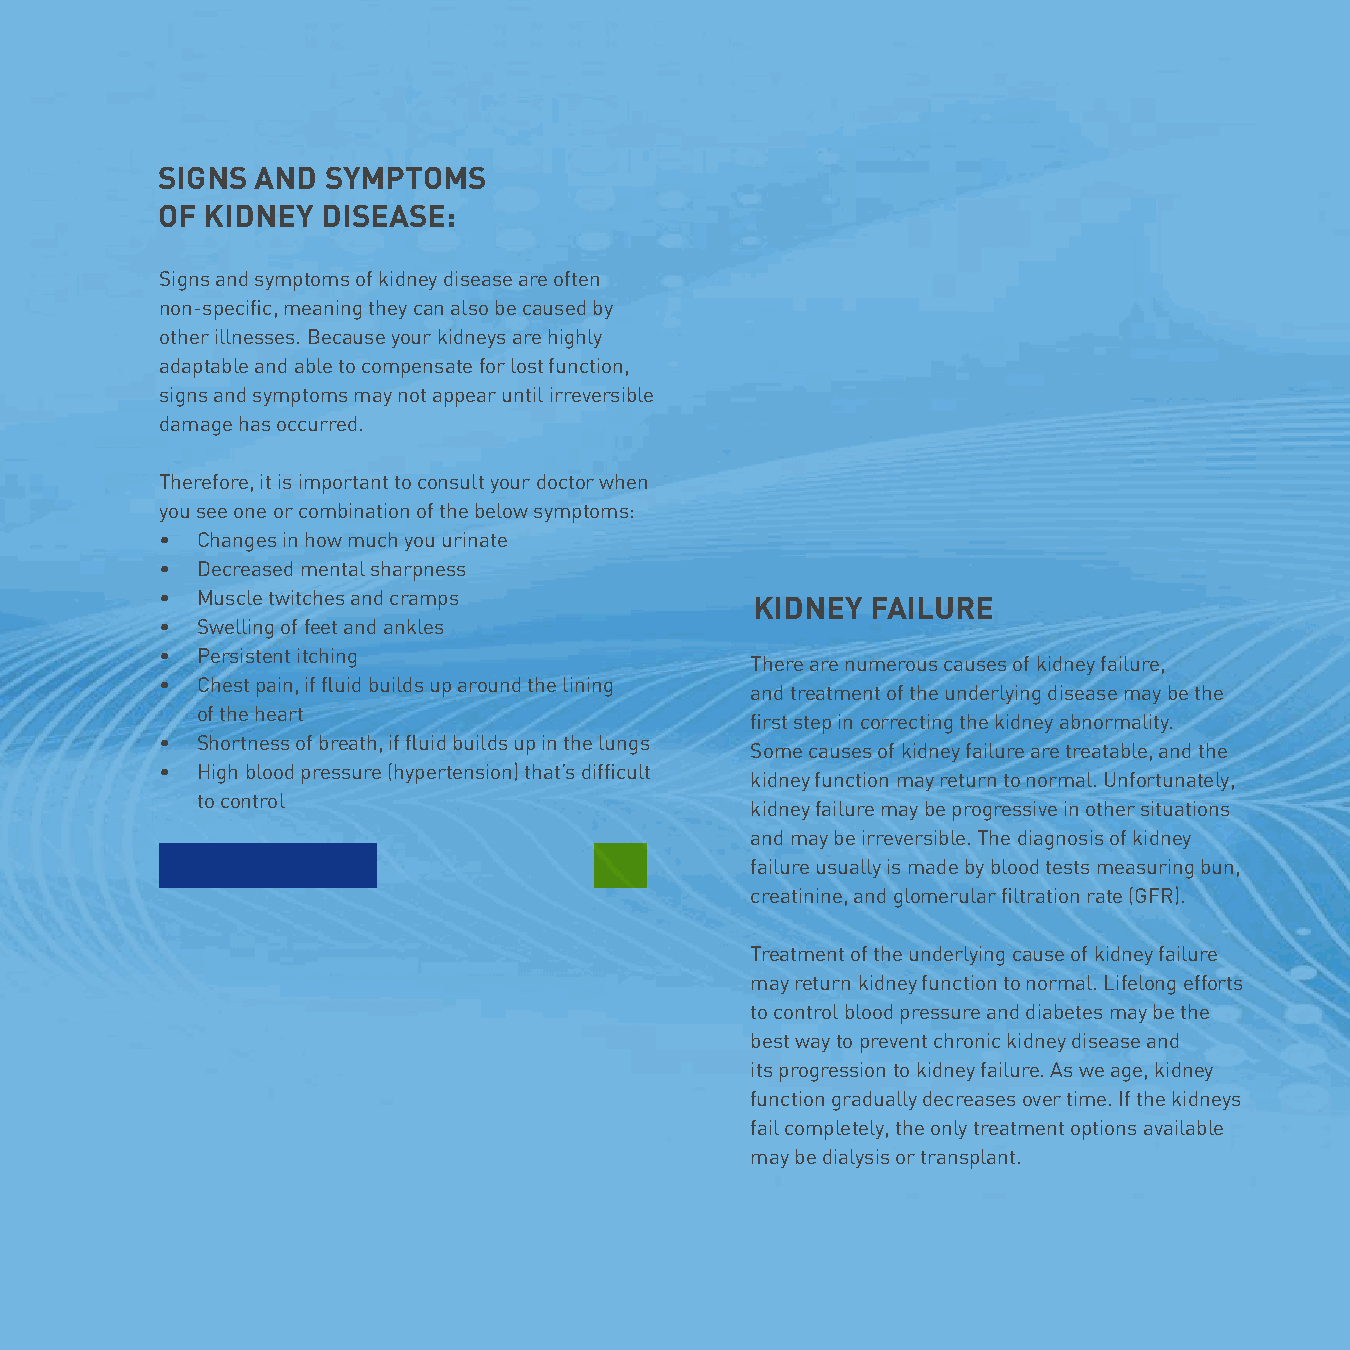
SIGNS  AND SYMPTOMS
 OF  KIDNEY DISEASE:
 Signs and symptoms of kidney disease are often
 non-specific, meaning they can also be caused by
 other illnesses. Because your kidneys are highly
 adaptable and able to compensate for lost function,
 signs and symptoms may not appear until irreversible
 damage has occurred.
 Therefore, it is important to consult your doctor when
 you see one or combination of the below symptoms:
 • Changes in how much you urinate
 • Decreased mental sharpness
 • Muscle twitches and cramps           KIDNEY  FAILURE
 • Swelling of feet and ankles
 • Persistent itching
 There are numerous causes of kidney failure,
 • Chest pain, if fluid builds up around the lining
 and treatment of the underlying disease may be the
 of the heart
 first step in correcting the kidney abnormality.
 • Shortness of breath, if fluid builds up in the lungs
 Some causes of kidney failure are treatable, and the
 • High blood pressure (hypertension) that’s difficult
 kidney function may return to normal. Unfortunately,
 to control
 kidney failure may be progressive in other situations
 and may be irreversible. The diagnosis of kidney
 failure usually is made by blood tests measuring bun,
 creatinine, and glomerular filtration rate (GFR).
 Treatment of the underlying cause of kidney failure
 may return kidney function to normal. Lifelong efforts
 to control blood pressure and diabetes may be the
 best way to prevent chronic kidney disease and
 its progression to kidney failure. As we age, kidney
 function gradually decreases over time. If the kidneys
 fail completely, the only treatment options available
 may be dialysis or transplant.